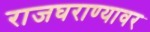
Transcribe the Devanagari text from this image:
राजघराण्यावर